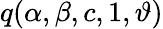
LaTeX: q(\alpha,\beta,c,1,\vartheta)